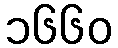
၁၆၆၀